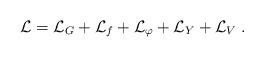
LaTeX: \begin{align*}\mathcal{L}=\mathcal{L}_{G}+\mathcal{L}_{f}+\mathcal{L}_{\varphi }+\mathcal{L}_{Y}+\mathcal{L}_{V}\;. \end{align*}